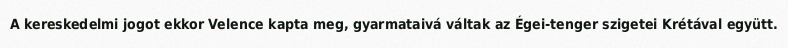
A kereskedelmi jogot ekkor Velence kapta meg, gyarmataivá váltak az Égei-tenger szigetei Krétával együtt.